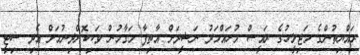
ރައްޔިތުންގެ މަޖިލީހުގެ ރައީސް މުހައްމަދު ނަޝީދަށް އާތިފާ މަގާމުން ވަކިކޮށްދިނުމަށް އެދި ސިޓީ